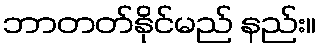
ဘာတတ်နိုင်မည် နည်း။